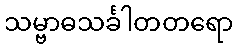
သမ္ဗာဓသင်္ခါတတရော